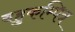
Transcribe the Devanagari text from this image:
बहुकम्पित्र